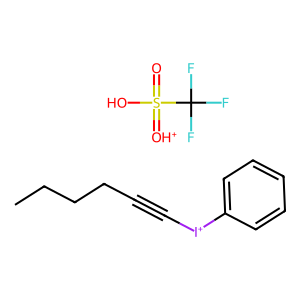
SMILES: CCCCC#C[I+]c1ccccc1.O=S(O)(=[OH+])C(F)(F)F
Inhibits HIV replication: No